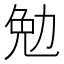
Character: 勉